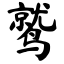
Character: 鹫